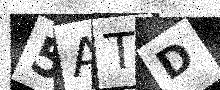
Text: 5ATD